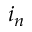
i _ { n }